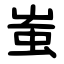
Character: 蚩